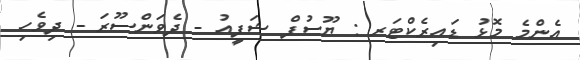
އެންމެ މޮޅު ޑައިރެކްޓަރ : ޔޫސުފް ޝަފީއު - ދެވަންސޫރަ - ދިވެހި